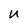
Character: u